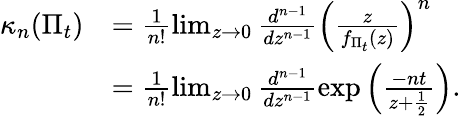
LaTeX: \begin{array}{rl}{\kappa_{n}(\Pi_{t})}&{=\frac{1}{n!}\operatorname*{lim}_{z\rightarrow 0}\frac{d^{n-1}}{dz^{n-1}}\left(\frac{z}{f_{\Pi_{t}}(z)}\right)^{n}}\\ &{=\frac{1}{n!}\operatorname*{lim}_{z\rightarrow 0}\frac{d^{n-1}}{dz^{n-1}}\exp\left(\frac{-nt}{z+\frac{1}{2}}\right).}\end{array}